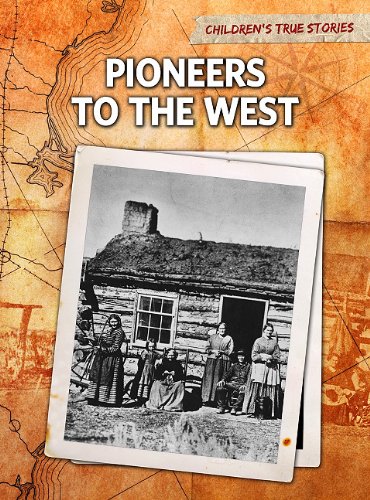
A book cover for Pioneers to the West (Children's True Stories: Migration); John Bliss; Children's Books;